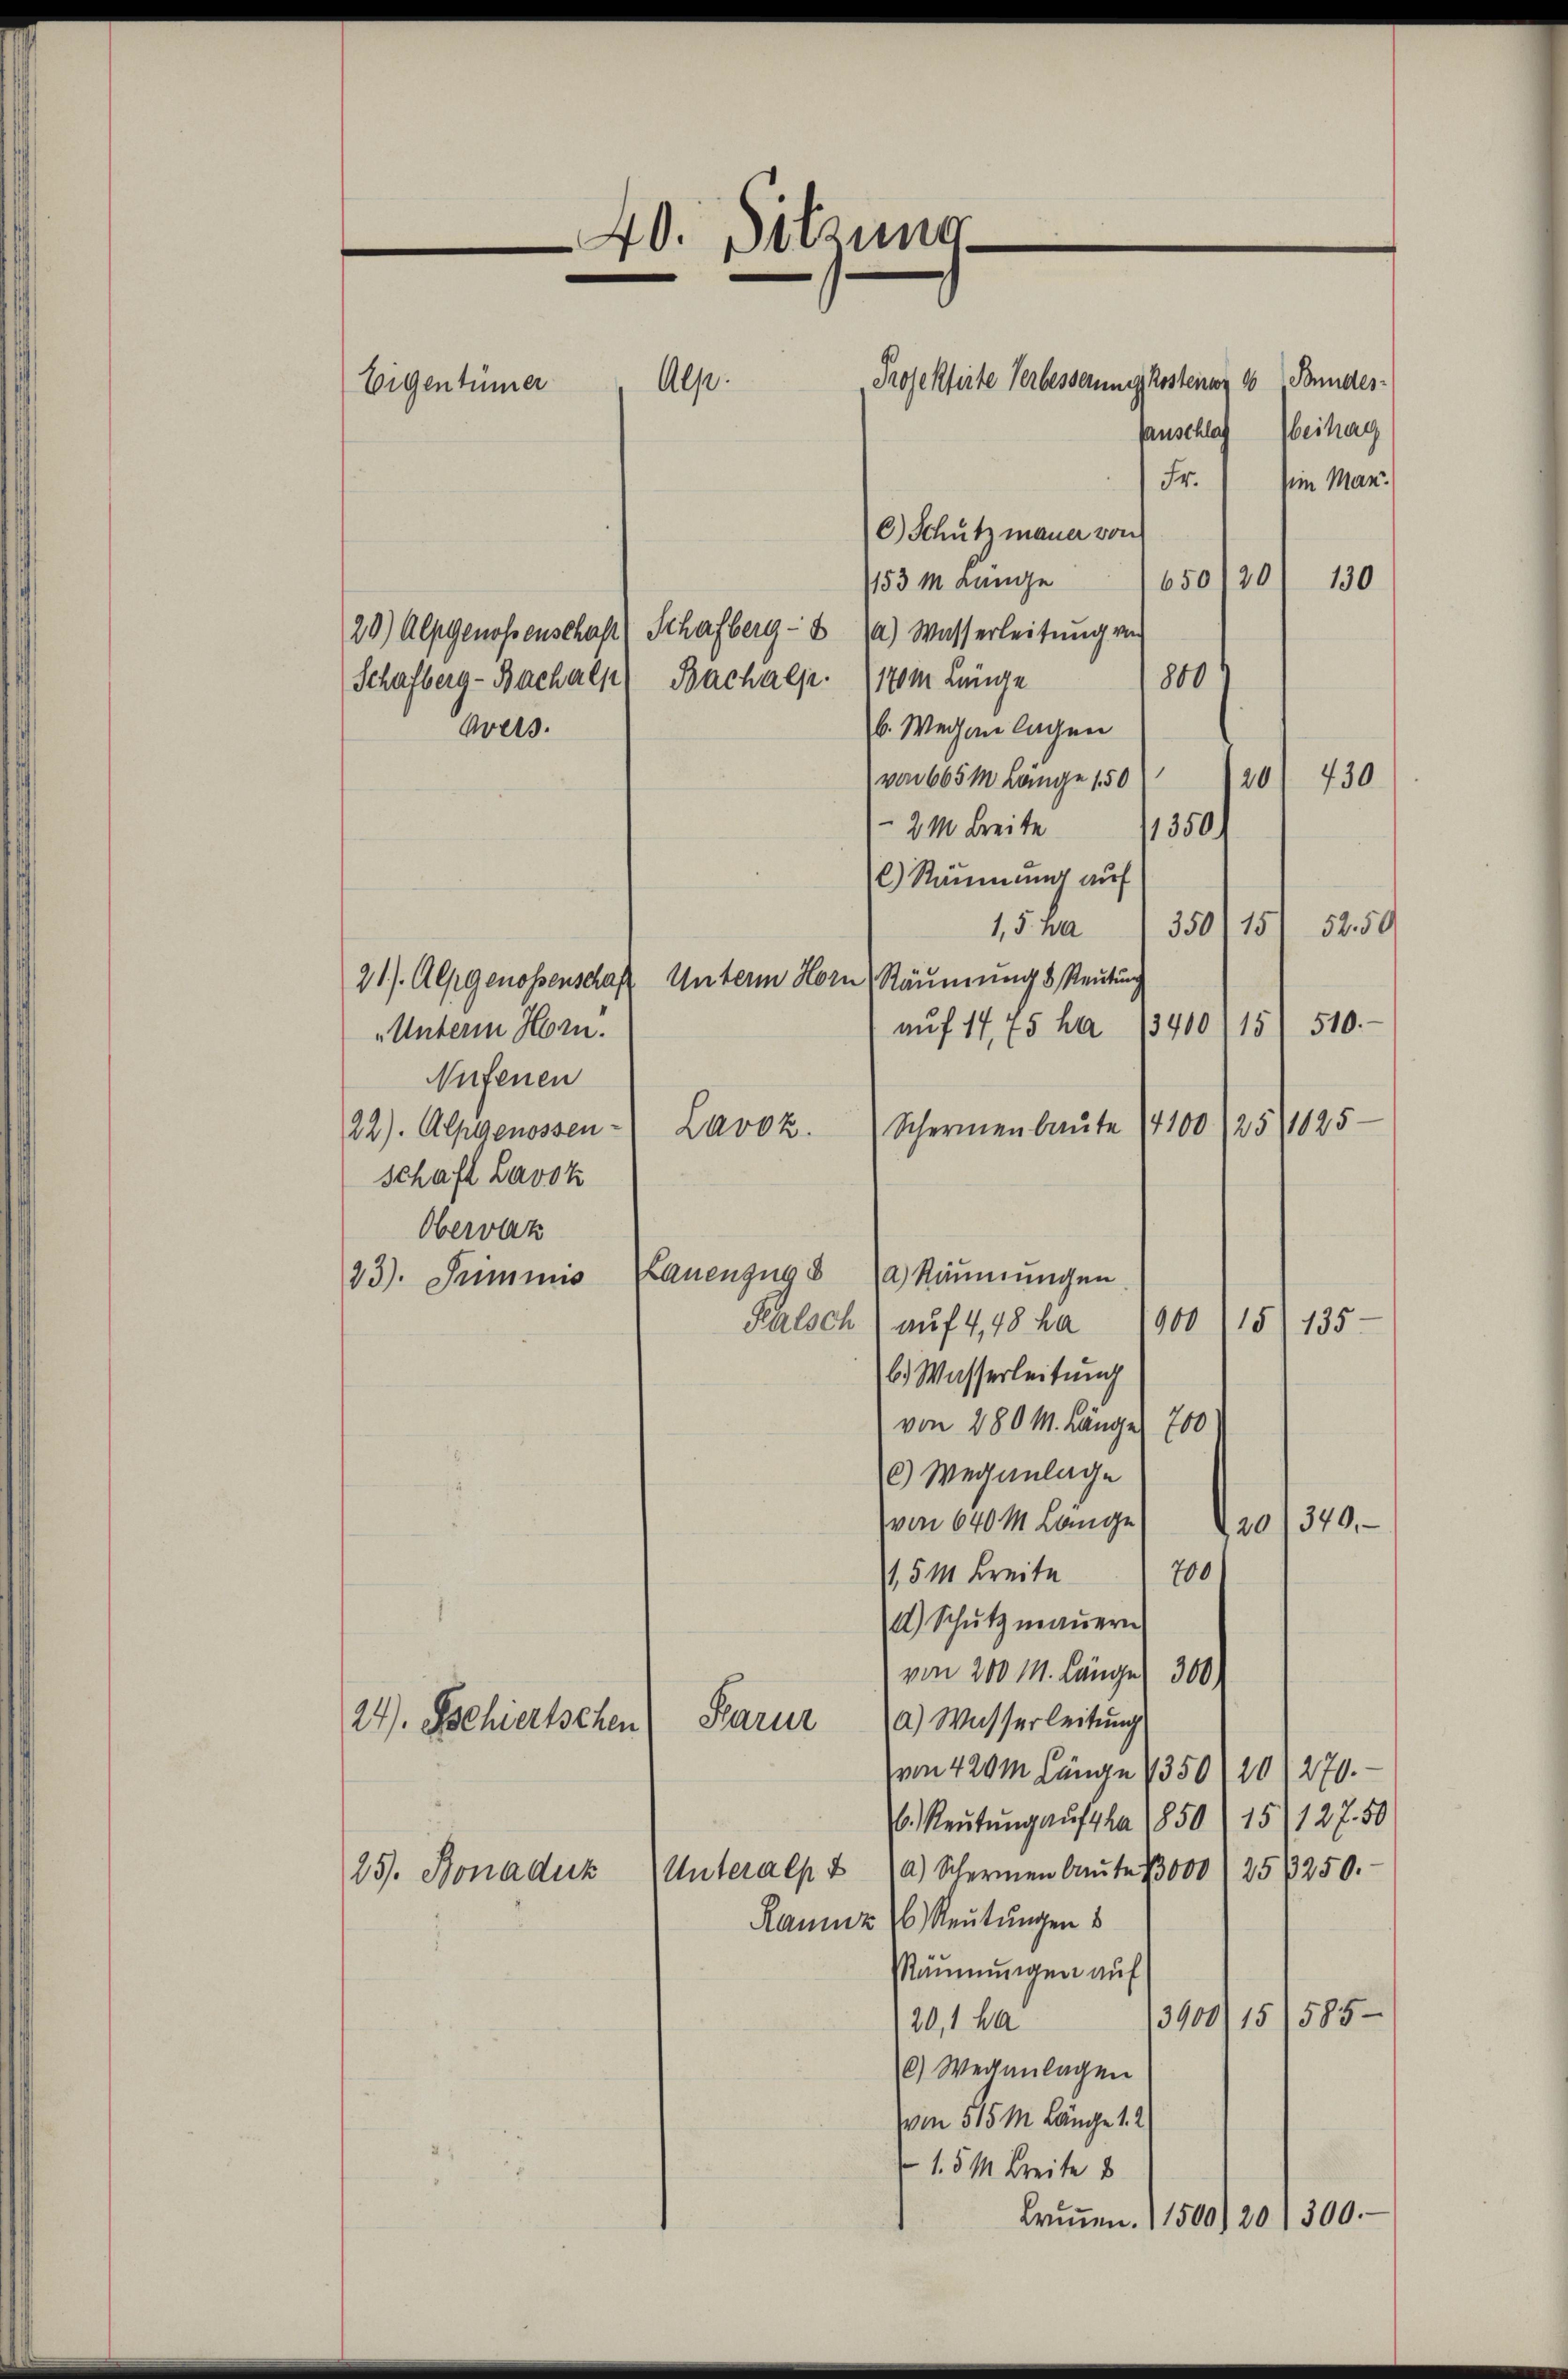
Projektirte Verbesserung kostener 16 Sonneresanschlag
C) Schutzmauer von
650120/ 130
153 M. Lange
29) Alpgenoßenschaft (Scharfberg- u 1) Wasserleitŭng von
800
Schafberg-Bachalp) Bachalp. 170m Länge
Avers
b. Wegen lagen
von 665m Länge 150
20/ 430
21 Breite 1350)
l) Räumung auf
15 No 1350, 151. 5250
21). Alpgenossenschaft Unterm Horn Räumung & Reutung
aŭf 1775 ha 13400,15) 510.
„Unterm Horn.
Nufenen
Schermenbaute 1100
22). Alpgenossen - Lavok.
schaft Lavok
Obervaz
23). Summis Lauenzug 8 (a) Räumungen
90015) 135.
Pealsch) auf 4,48 ha
b. Wasserleitung
von 280 M. Länger 700
6) Weganlage
von 640 M Länge
20/340.
700
1,5 M. Breite
) Schŭtz maṅern
von 200 M. Längen 300)
Parur 1) Wasserleitŭng
24). Tschiertschen
von 420m Länge 1350/20/270.
6.) Reŭtŭng aufsha 1850/15/127. 50
Unteralp. & 10) Schermen baŭte 13000) 253250.
25. Bonaduk
Rauz 6 Reutungen s
Rammungen auf
3900/15/585
20,1 ha
c) Weganlagen
von 515 M. Länge 1. 2
1.5 M. Breite
Brŭṅen. 11500/20/300.

Alp.
Eigentümer

40. Sitzung

beitrag
Fr. im Man¬

25/1025